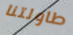
طاولتنا